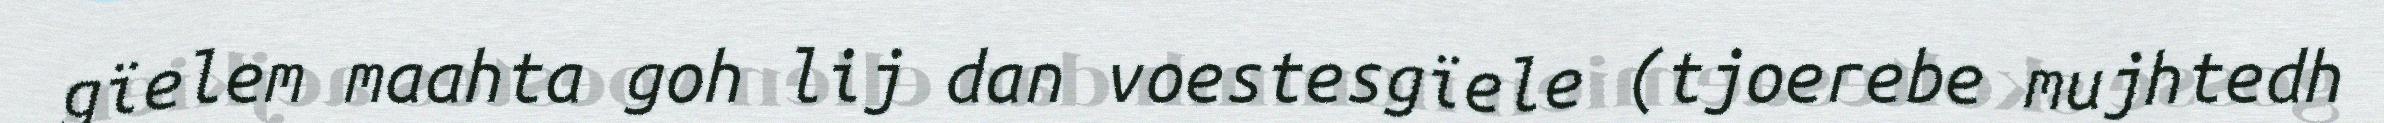
gïelem maahta goh lij dan voestesgïele (tjoerebe mujhtedh